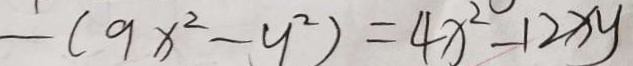
- ( 9 x ^ { 2 } - y ^ { 2 } ) = 4 x ^ { 2 } - 1 2 x y